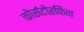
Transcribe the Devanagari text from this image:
कोर्सटोरफिन